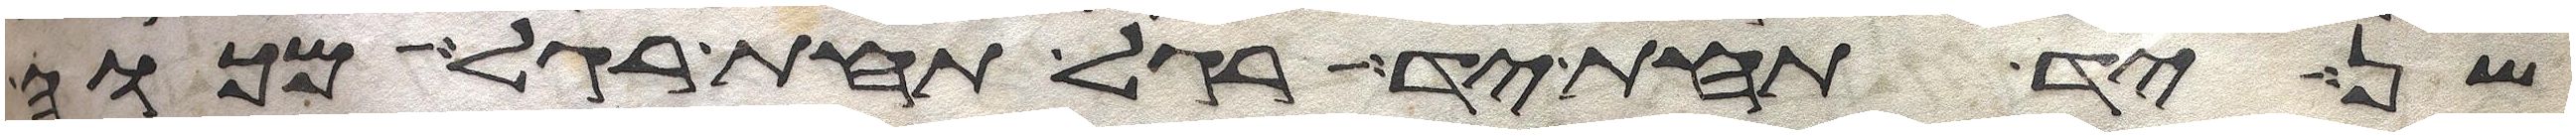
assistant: שן יד תחת יד רגל תחת רגל מכוה